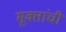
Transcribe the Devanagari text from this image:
सूक्तांची